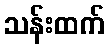
သန်းထက်